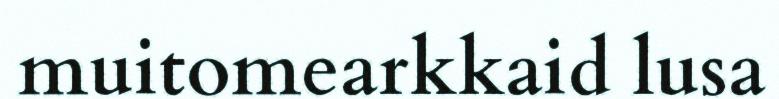
muitomearkkaid lusa